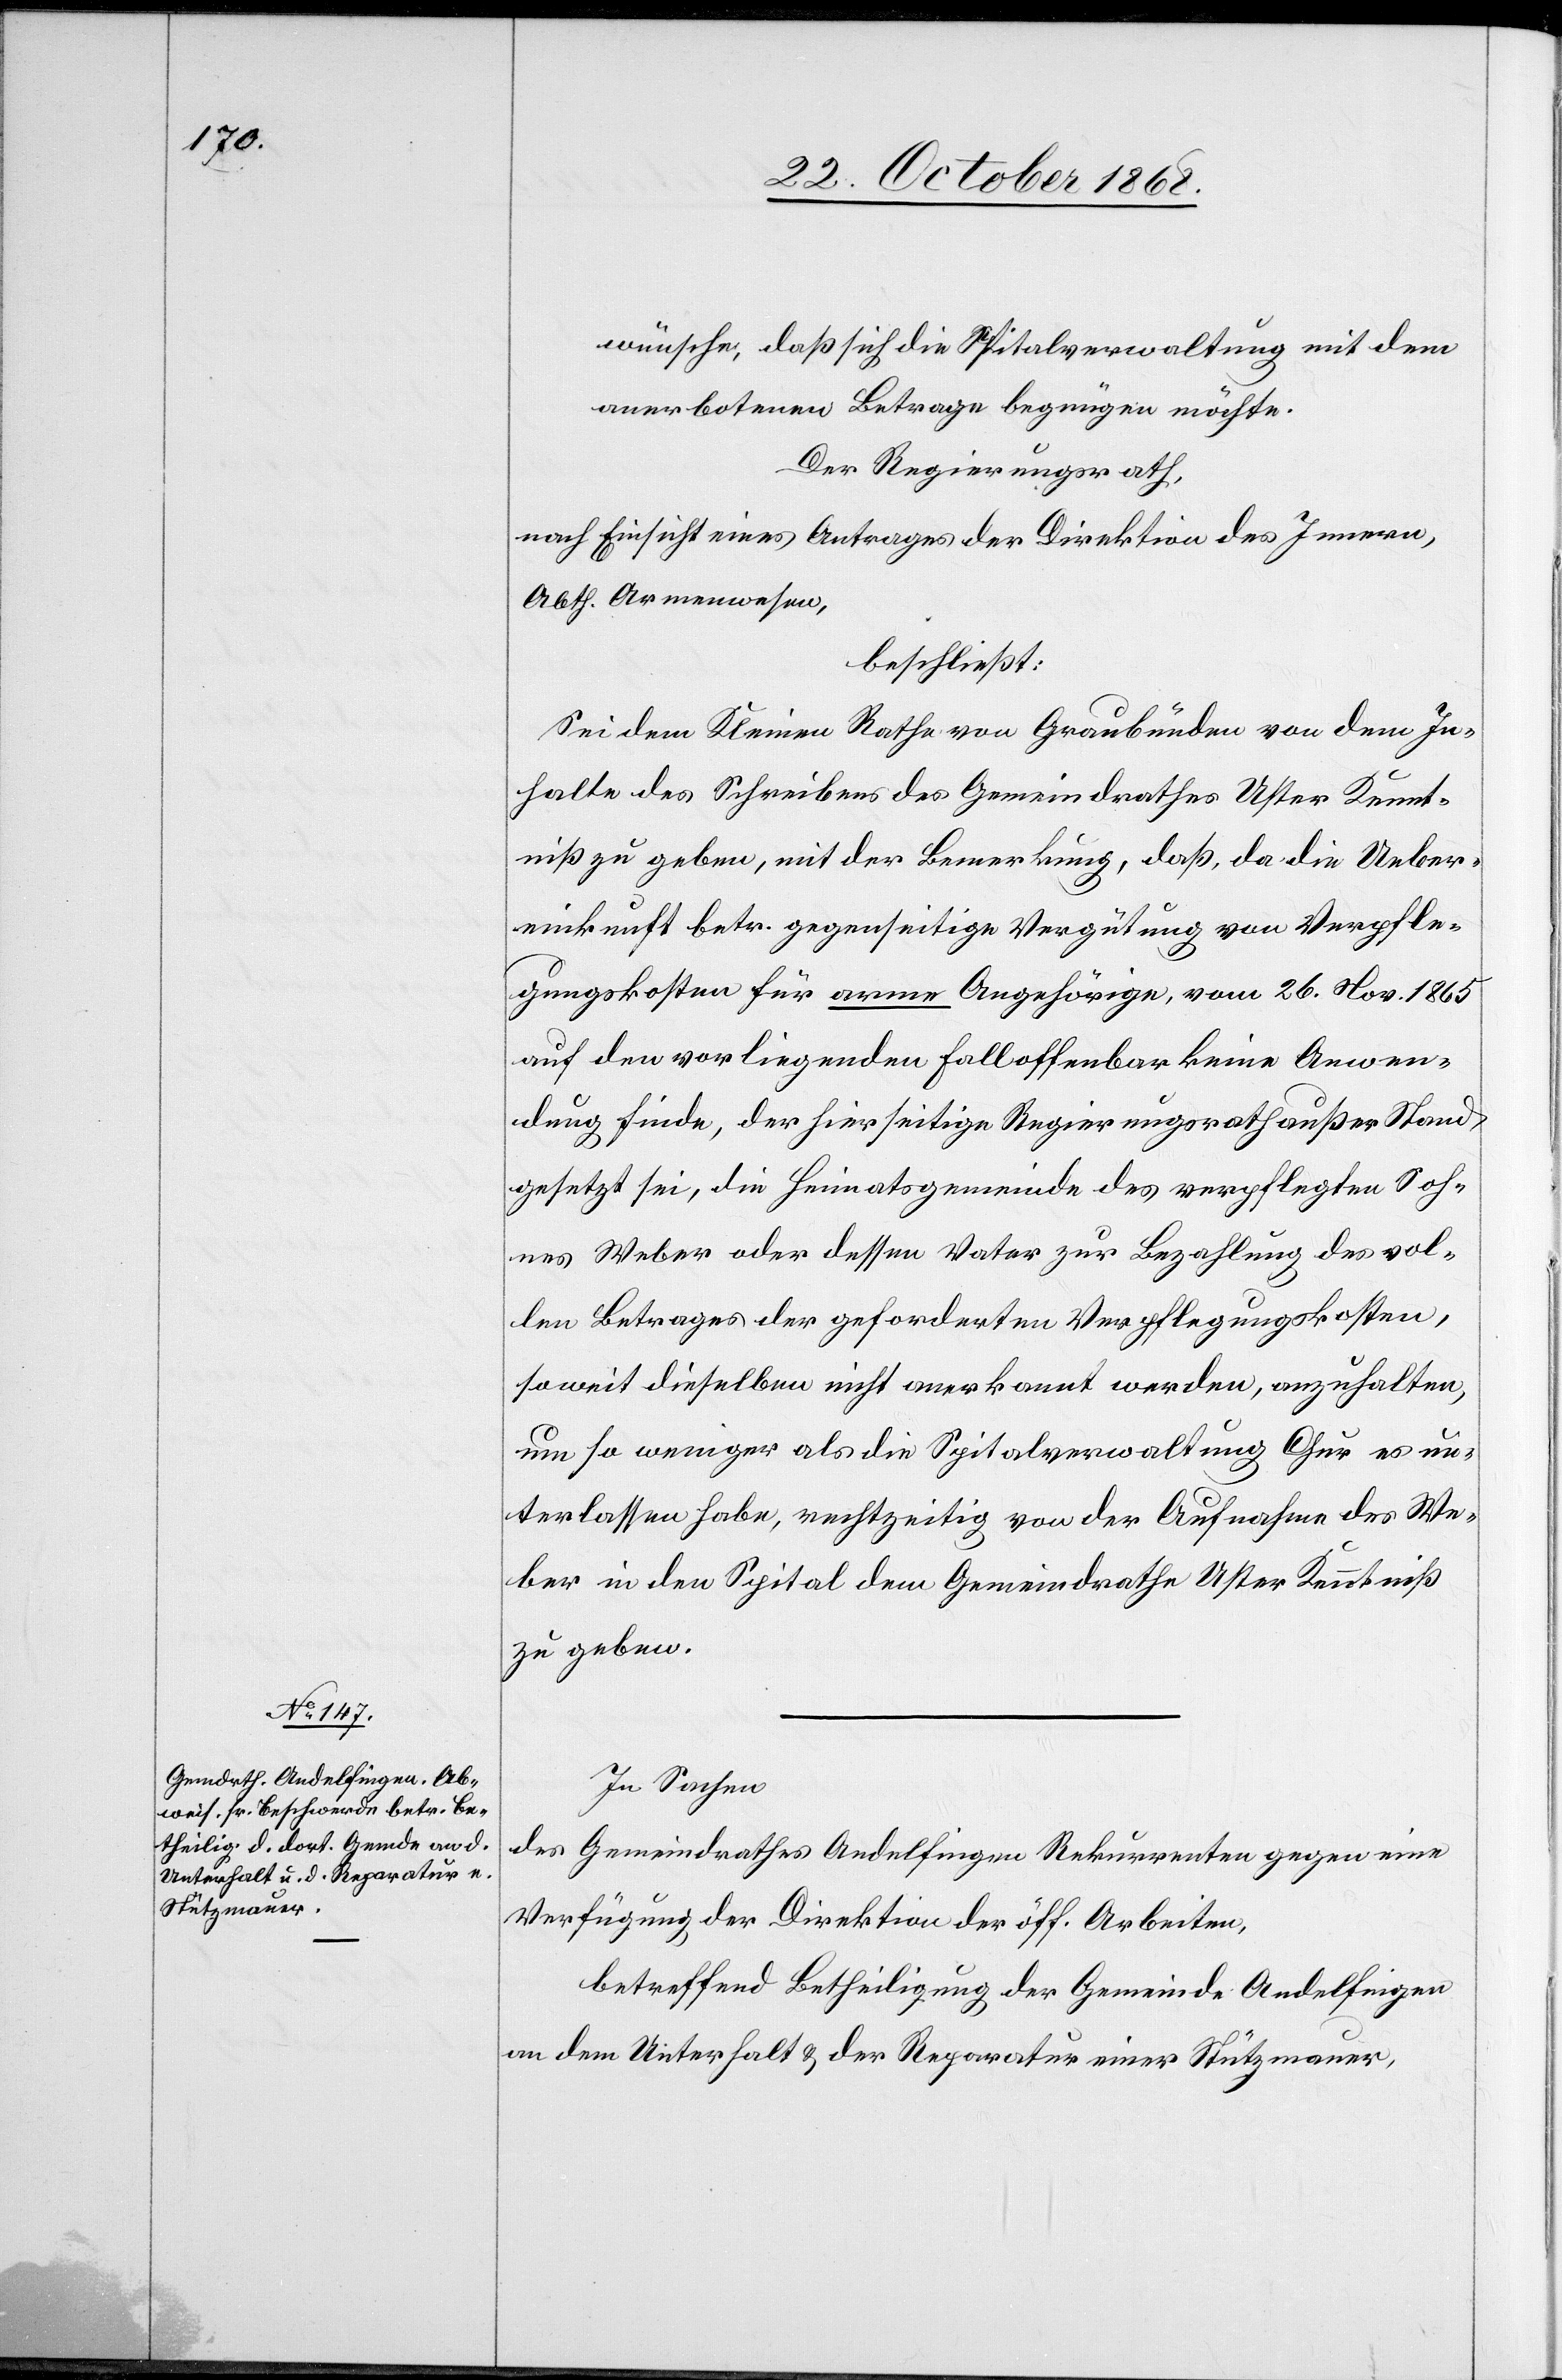
wünsche, daß sich die Spitalverwaltung mit dem
anerbotenen Betrage begnügen möchte.
Der Regierungsrath,
nach Einsicht eines Antrages der Direktion des Innern,
Abth. Armenwesen,
beschließt:
Sei dem Kleinen Rathe von Graubünden von dem In¬
halte des Schreibens des Gemeindrathes Uster Kennt¬
niß zu geben, mit der Bemerkung, daß, da die Ueber¬
einkunft betr. gegenseitige Vergütung von Verpfle¬
gungskosten für arme Angehörige, vom 26. Nov. 1865
auf den vorliegenden Fall offenbar keine Anwen¬
dung finde, der hierseitige Regierungsrath außer Stand
gesetzt sei, die Heimatsgemeinde des verpflegten Soh¬
nes Weber oder dessen Vater zur Bezahlung des vol¬
len Betrages der geforderten Verpflegungskosten,
soweit dieselben nicht anerkannt werden, anzuhalten,
um so weniger als die Spitalverwaltung Chur es un¬
terlassen habe, rechtzeitig von der Aufnahme des We¬
ber in den Spital dem Gemeindrathe Uster Kenntniß
zu geben.